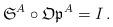
LaTeX: \begin{align*}\mathfrak{S}^A \circ \mathfrak{Op}^A = I\,.\end{align*}